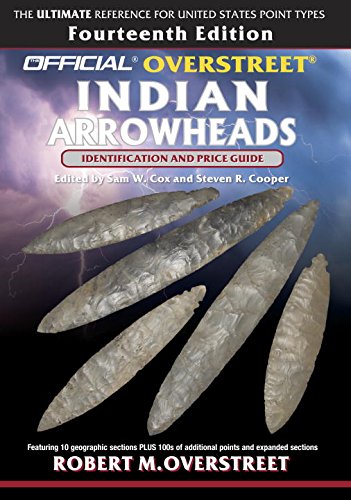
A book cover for The Official Overstreet Identification and Price Guide to Indian Arrowheads, 14th Edition (Official Overstreet Indian Arrowhead Identification and Price Guide); Robert M Overstreet; Crafts, Hobbies & Home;